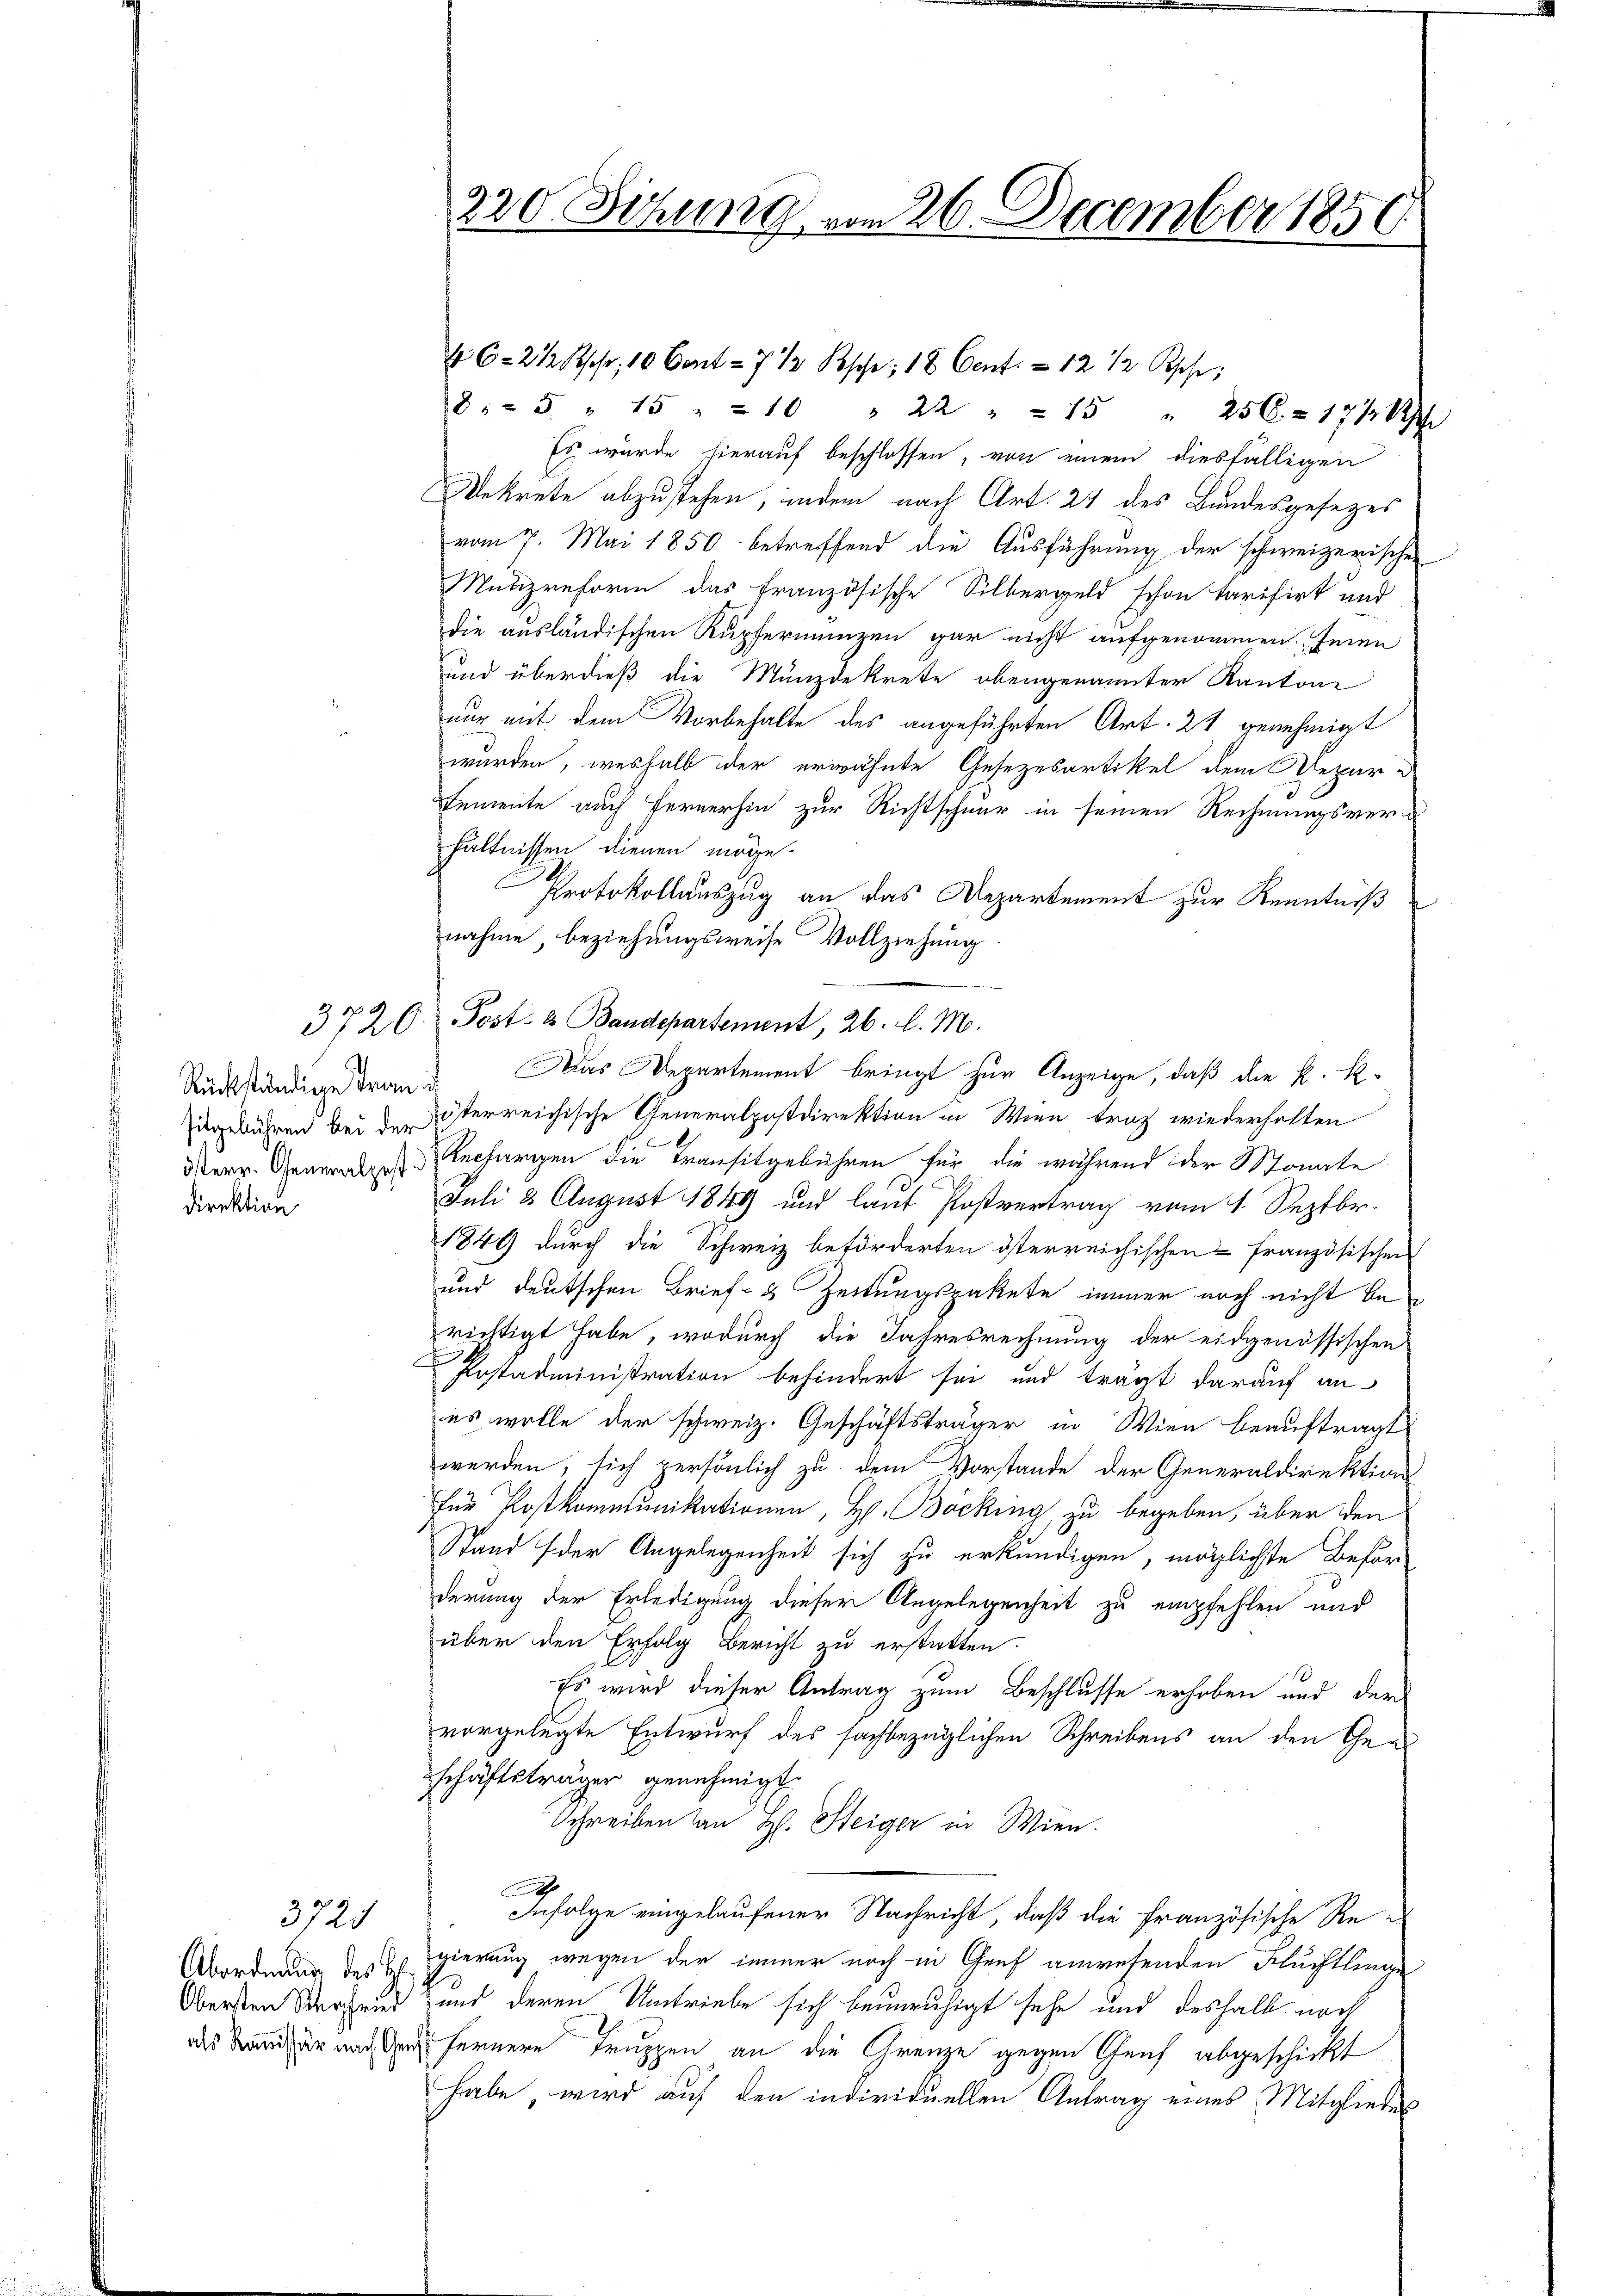
Rückständige Tran u.
Direktion

3725

Obersten Werchend

220 Sitzung vom 26. December 1850

85 " 15 " 210 " 22 " 15 " 256.- 17/18
Es wurde hierauf beschlossen, von einem diesfälligen
Dekrete abzustehen, indem nach Art. 21 des Bundesgesezes
vom 7. Mai 1850 betreffend die Ausführung der schweizerischen
Mutizreform das französische Silbergeld schon tarifirt und
die ausländischen Rupferienzen gar nicht aufgenommen seien
und überdieß die Münzdekrete obengenannter Kantone
nur mit dem Vorbehalte des angeführten Art. 21 genehmigt
wurden, weshalb der erwähnte Gesezesartikel dem Repar-
Semente auch fernerhin zur Richtschnur in seinen Rechnungsverhältnissen dienen möge.
Protokollauszug an das Departement zur Kenntniß
nahme, beziehungsweise Vollziehung
372 C. Post- & Bandepartement, 26. l. M.
Das Departement bringt zur Anzeige, daß die k. k.
agebühren bei der Österreichische Generalpostdirektion in Wien traz wiederholten
der Gener Rechargen die Transitgebühren für die während der Monate
Juli 8 August 1849 und laut Postvertrag vom 1. Septbr.
1849 durch die Schweiz beförderten österreichischen französischen
und deutschen Brief- 3 Zeitungspakete immer noch nicht be
richtigt habe, wodurch die Jahresrechnung der eidgenössischen
Postadministration behindert sei und trägt darauf an-
es wolle der schweiz. Geschäftsträger in Wien beauftragt
werden, sich persönlich zu dem Vorstande der Generaldirektions-
für Postkomntunikationen, H. Bocking, zu begeben, über den
Stand (der Angelegenheit sich zu erkundigen, möglichste Beför
derung der Erledigung dieser Angelegenheit zu empfehlen und
über den Erfolg Bericht zu erstatten.
Es wird dieser Antrag zum Beschlusse erhoben und der
vorgelegte Entwurf des sachbezüglichen Schreibens an den Geschäftsträger genehmigt.
Schreiben an H. Steiger in Wien.
A
Infolge eingelaufener Nachricht, daß die Französische Re-
Abordnung des gierung wegen der immer noch in Graf anwesenden Fluchtlinge
und deren Umtriebe sich beunruhigt sehe und deshalb noch
des Kanzer nach der fernere Truppen an die Grenze gegen Genf abgeschickt
habe wird auf den individuellen Antrag eines Mitgliedes

4 C: 2 1/2 schr. 10 Cent - 7 1/2 Posche, 18 Cent. - 12 ½ sehr